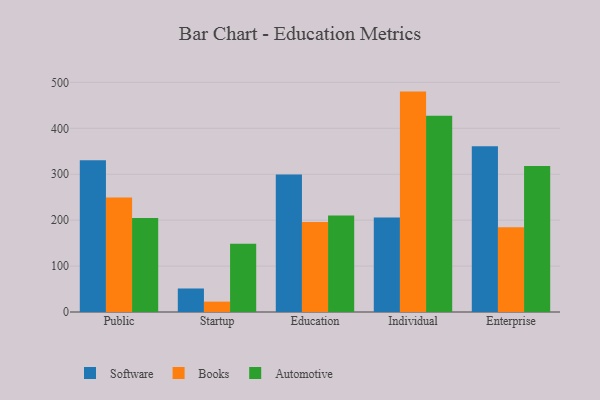
{"axis": {"x": "Segment", "y": "Satisfaction Score"}, "legend": ["Automotive", "Books", "Software"], "data": [{"x": "Public", "y": 330.5, "type": "Software"}, {"x": "Public", "y": 249.3, "type": "Books"}, {"x": "Public", "y": 204.7, "type": "Automotive"}, {"x": "Startup", "y": 51.2, "type": "Software"}, {"x": "Startup", "y": 22.6, "type": "Books"}, {"x": "Startup", "y": 148.5, "type": "Automotive"}, {"x": "Education", "y": 299.4, "type": "Software"}, {"x": "Education", "y": 196.0, "type": "Books"}, {"x": "Education", "y": 210.0, "type": "Automotive"}, {"x": "Individual", "y": 205.7, "type": "Software"}, {"x": "Individual", "y": 480.0, "type": "Books"}, {"x": "Individual", "y": 427.4, "type": "Automotive"}, {"x": "Enterprise", "y": 360.9, "type": "Software"}, {"x": "Enterprise", "y": 184.7, "type": "Books"}, {"x": "Enterprise", "y": 317.8, "type": "Automotive"}]}